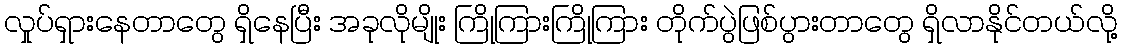
လှုပ်ရှားနေတာတွေ ရှိနေပြီး အခုလိုမျိုး ကြိုကြားကြိုကြား တိုက်ပွဲဖြစ်ပွားတာတွေ ရှိလာနိုင်တယ်လို့